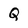
Character: Q